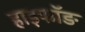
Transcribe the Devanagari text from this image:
हाइफॉङ